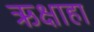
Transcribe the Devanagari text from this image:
ऋक्षाहा